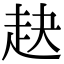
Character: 赽